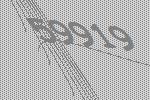
59919